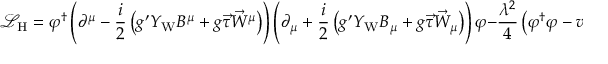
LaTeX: { \mathcal { L } } _ { \mathrm { H } } = \varphi ^ { \dagger } \left( \partial ^ { \mu } - { \frac { i } { 2 } } \left( g ^ { \prime } Y _ { \mathrm { W } } B ^ { \mu } + g { \vec { \tau } } { \vec { W } } ^ { \mu } \right) \right) \left( \partial _ { \mu } + { \frac { i } { 2 } } \left( g ^ { \prime } Y _ { \mathrm { W } } B _ { \mu } + g { \vec { \tau } } { \vec { W } } _ { \mu } \right) \right) \varphi - { \frac { \lambda ^ { 2 } } { 4 } } \left( \varphi ^ { \dagger } \varphi - v ^ { 2 } \right) ^ { 2 } ,